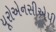
યૂરોએનસીએપી